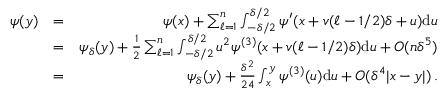
\begin{array} { r l r } { \psi ( y ) } & { = } & { \psi ( x ) + \sum _ { \ell = 1 } ^ { n } \int _ { - \delta / 2 } ^ { \delta / 2 } \psi ^ { \prime } ( x + v ( \ell - 1 / 2 ) \delta + u ) \mathrm { d } u } \\ & { = } & { \psi _ { \delta } ( y ) + \frac 1 2 \sum _ { \ell = 1 } ^ { n } \int _ { - \delta / 2 } ^ { \delta / 2 } u ^ { 2 } \psi ^ { ( 3 ) } ( x + v ( \ell - 1 / 2 ) \delta ) \mathrm { d } u + O ( n \delta ^ { 5 } ) } \\ & { = } & { \psi _ { \delta } ( y ) + \frac { \delta ^ { 2 } } { 2 4 } \int _ { x } ^ { y } \psi ^ { ( 3 ) } ( u ) \mathrm { d } u + O ( \delta ^ { 4 } | x - y | ) \, . } \end{array}